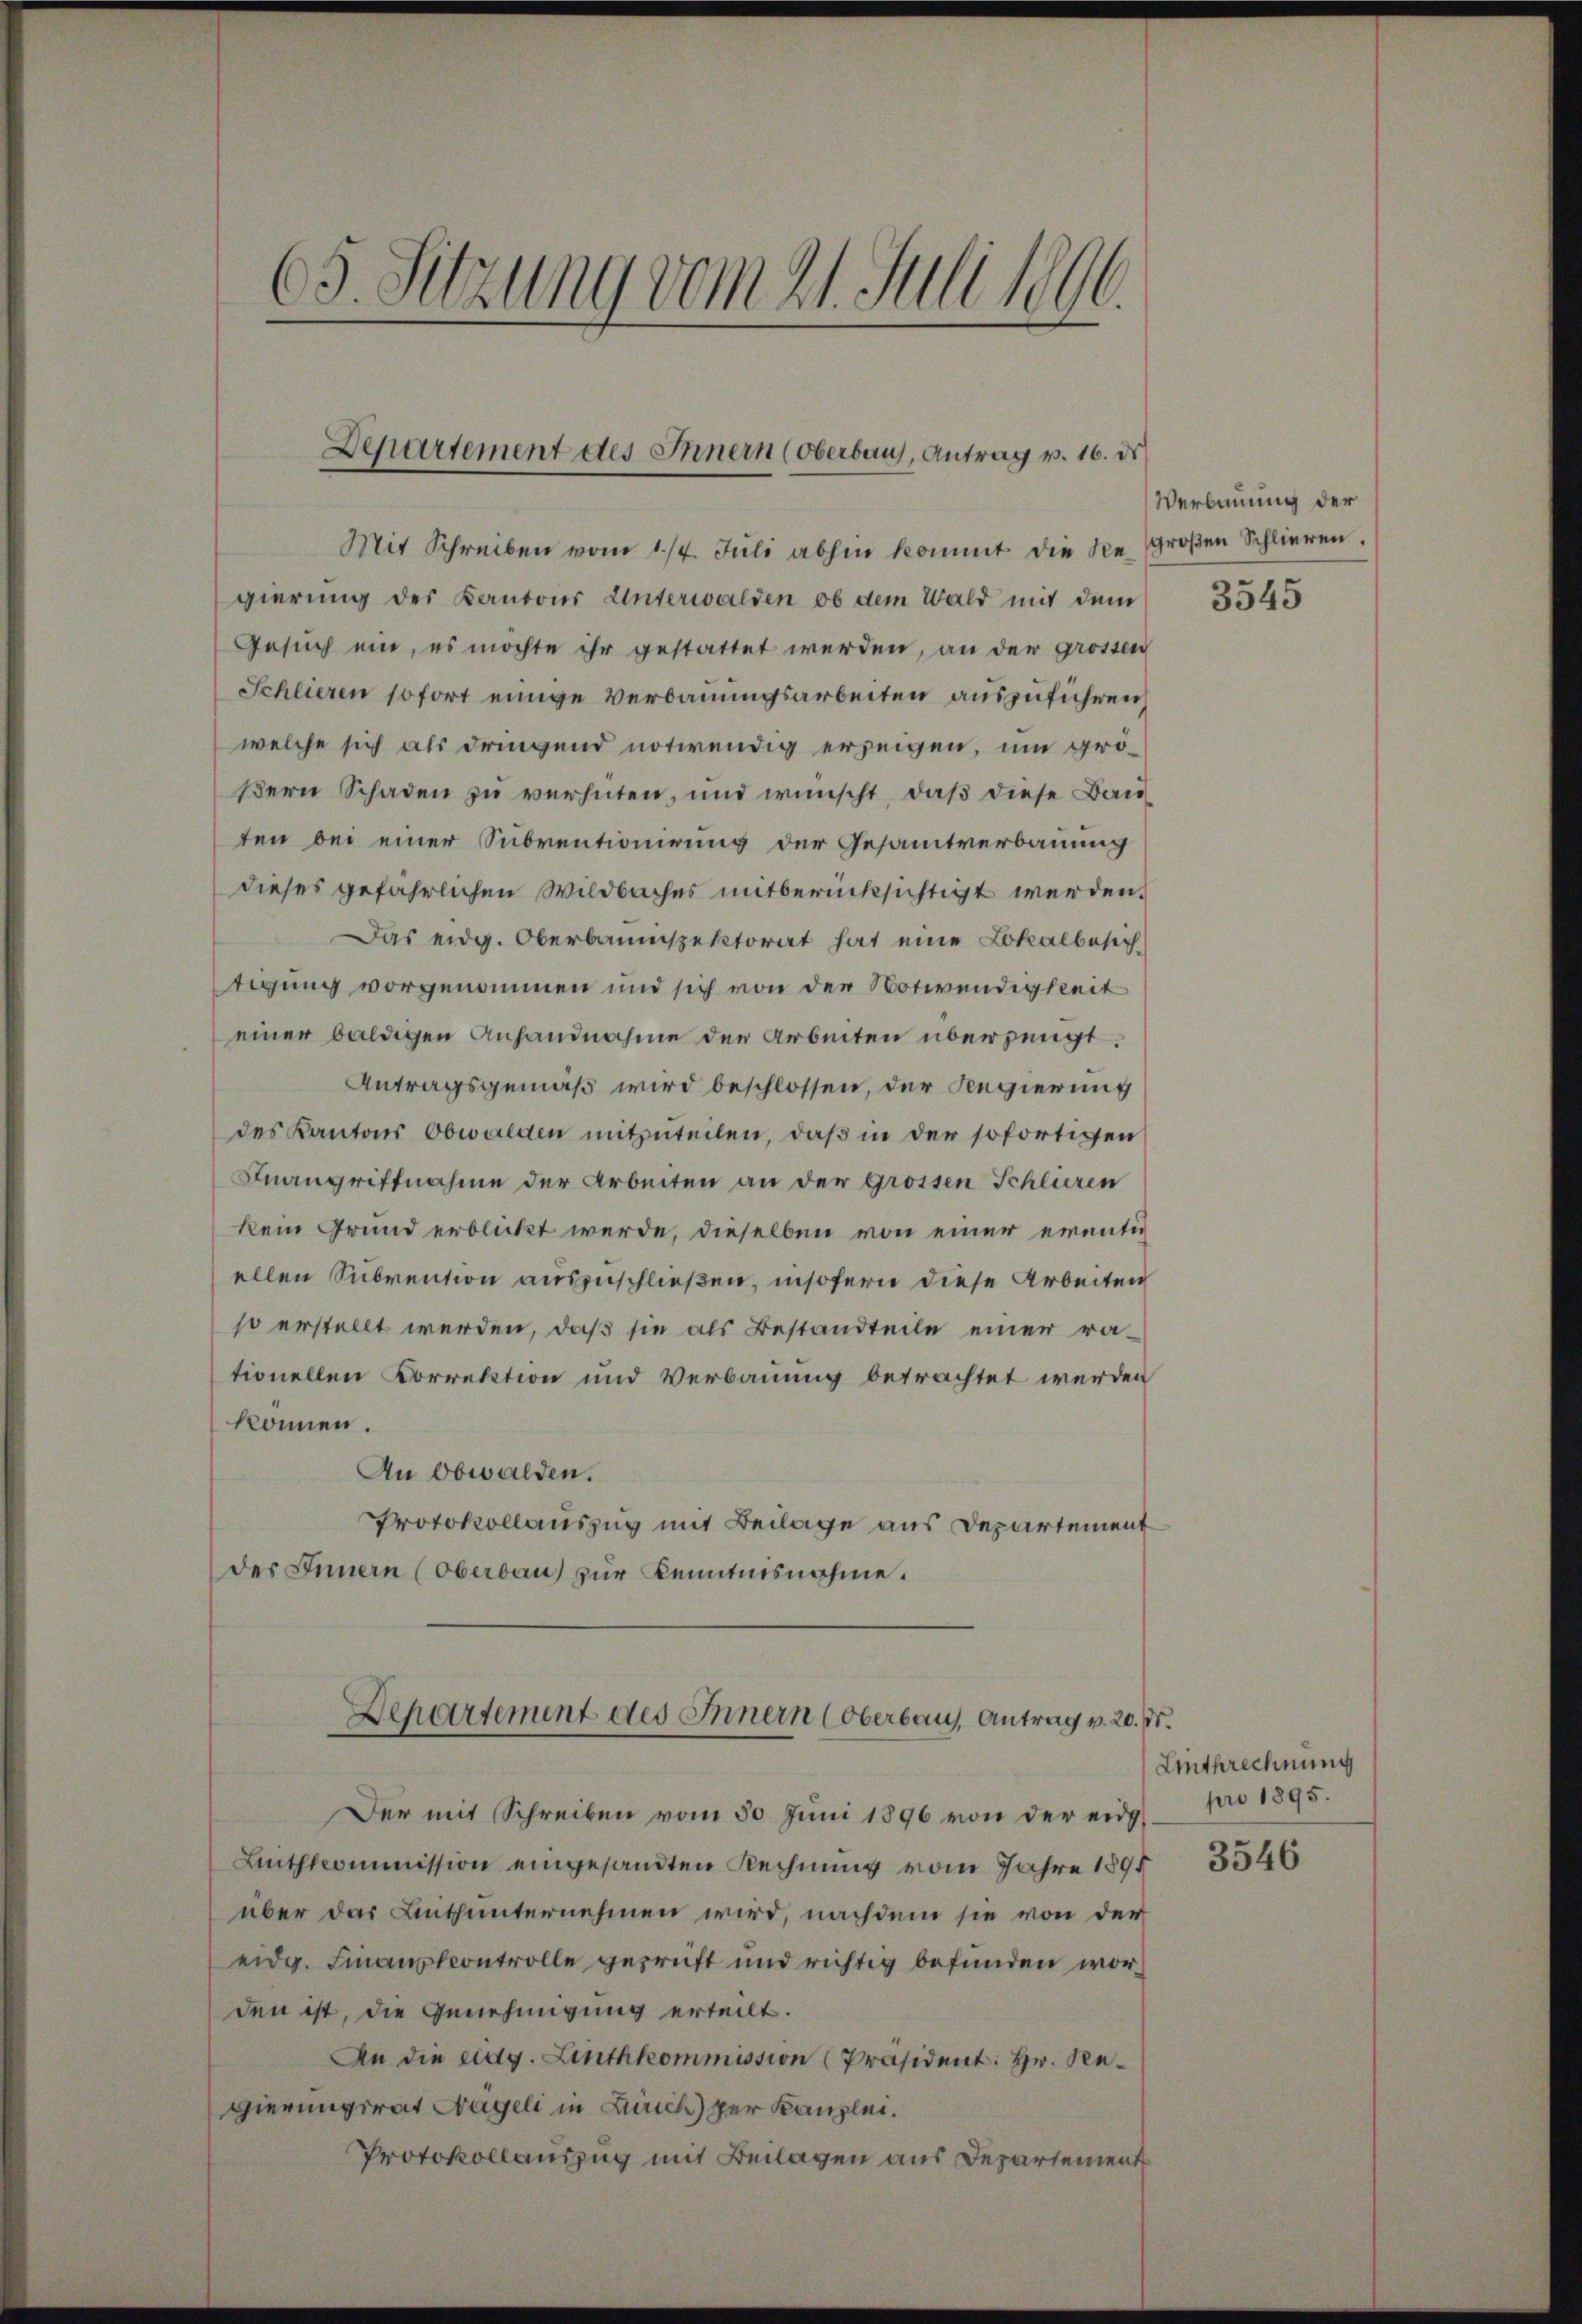
65. Sitzung vom 21. Juli 1896.

Departement des Innern (Oberbaus, Antrag v. 16. ds

Mit Schreiben vom 1/4. Juli abhin kommt die Regroßen Schlieren.
gierung des Kantons Unterwalden, ob dem Wald mit dem
Gesuch ein, es möchte ihr gestattet werden, an der grossen
Schlieren sofort einige Verbauungsarbeiten auszuführen,
welche sich als dringend notwendig erzeigen, um größern Schaden zu verhüten, und wünscht, daß diese Bauten bei einer Subventionirung der Gesamtverbauung
dieses gefährlichen Wildbaches mitberücksichtigt werden.
Das eidg. Oberbauinspektorat hat eine Lokalbesich
tigung vorgenommen und sich von der Notwendigkeit
einer baldigen Anhandnahme der Arbeiten überzeugt.
Antragsgemäß wird beschlossen, der Regierung
des Kantons Obwalden mitzuteilen, daß in der sofortigen
Fnangriffnahme der Arbeiten an der Grossen Schlieren
kein Grund erblickt werde, dieselben von einer eventig
ellen Subvention auszuschließen, insofern diese Arbeiten
so erstellt werden, daß sie als Bestandteile einer rationellen Dorrektion und Verbauung betrachtet werden
können.
An Obwalden.
Protokollauszug mit Beilage aus Departement
des Innern (Oberbau zur Kenntnisnahme.
Departement des Innern (Oberbaus, Antrag v. 20. d.
Der mit Schreiben vom 30. Jŭni 1896 von der eidg
Linthkommission eingesandten Rechnung vom Jahre 1895
über das Linthunternehmen wird, nachdem sie von der
eidg. Finanzkontrolle geprüft und richtig befunden worden ist, die Genehmigung erteilt.
An die eidg. Linthkommission [Präsident: Hr. Regierungsrat Nageli in Zürich) der Kanzlei.
Protokollauszug mit Beilagen aus Departement

Verbauung der

3545

Einthrechnung
pro 1895.

3546